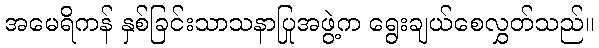
အမေရိကန် နှစ်ခြင်းသာသနာပြုအဖွဲ့က ရွေးချယ်စေလွှတ်သည်။